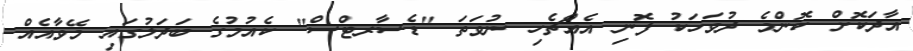
އާދަކޮށް ކޮންމެ ދުވަހަކު ފޮނި އެއްޗެހި ނުވަތަ "ޑެސާރޓްސް" ކެއުމުގެ ބަދަލުގައި މޭވާއެއް